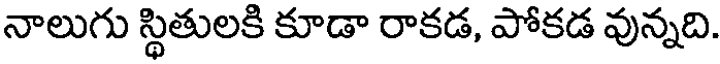
నాలుగు స్థితులకి కూడా రాకడ, పోకడ వున్నది.